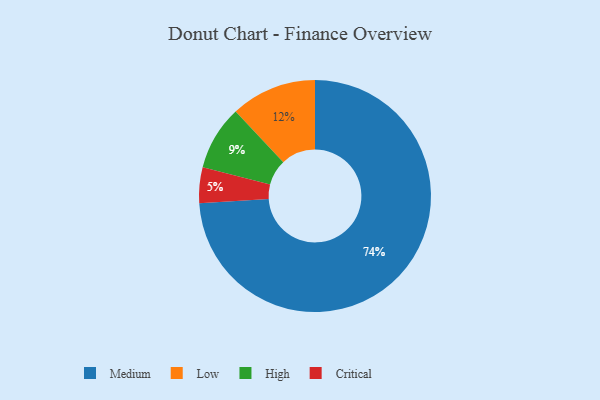
{"axis": {"x": "Category", "y": "Percentage"}, "legend": ["Critical", "High", "Low", "Medium"], "data": [{"x": "Low", "y": 12, "type": "Low"}, {"x": "Critical", "y": 5, "type": "Critical"}, {"x": "Medium", "y": 74, "type": "Medium"}, {"x": "High", "y": 9, "type": "High"}]}